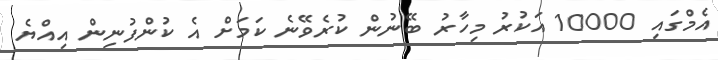
އެމްގައި 10000 އަކުރު މިހާރު ބޭނުން ކުރެވޭނެ ކަމަށް އެ ކުންފުނިން އިއްޔެ